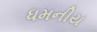
ધમનીય